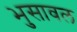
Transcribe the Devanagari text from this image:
भुुसावल